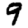
Digit: 9